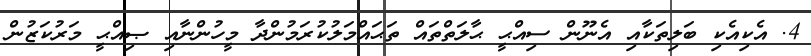
4. އެކިއެކި ބަލިތަކާއި އެނޫން ސިއްޙީ ޙާލަތްތައް ތަޙައްމަލުކުރަމުންދާ މީހުންނާއި ޞިއްޙީ މަރުކަޒުން